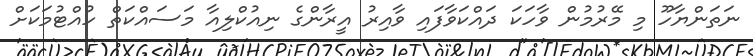
ނަތަންޔާހޫ މި މޭރުމުން ވާހަކަ ދައްކަވާފައި ވާއިރު އީރާންގެ ނިއުކްލިއާ މަސައްކަތް ހުއްޓުމަކަށް